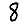
Digit: 8